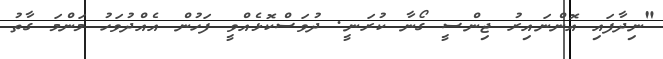
"ނިދާފައި އޮންނައިރު ޖިންސީ ގޯނާ ކުރަނީ. ދުވަސްކޮޅެއްވީ ފަހުން އެއްދުވަހު މަންމަ ގާތު